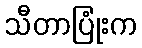
သီတာပြုံးက